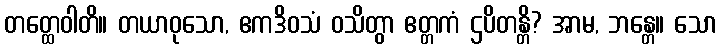
တတ္ထေဝါတိ။ တယာဝုသော, ဧကဒိဝသံ ဝသိတွာ ဧတ္တကံ ဌပိတန္တိ? အာမ, ဘန္တေ။ သော